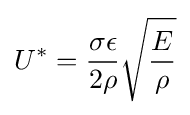
U^{*}={\frac {\sigma \epsilon }{2\rho }}{\sqrt {\frac {E}{\rho }}}